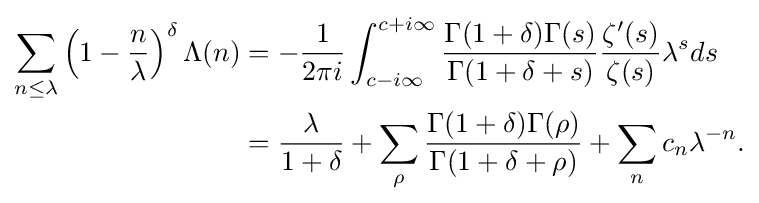
{\begin{aligned}\sum _{n\leq \lambda }\left(1-{\frac {n}{\lambda }}\right)^{\delta }\Lambda (n)&=-{\frac {1}{2\pi i}}\int _{c-i\infty }^{c+i\infty }{\frac {\Gamma (1+\delta )\Gamma (s)}{\Gamma (1+\delta +s)}}{\frac {\zeta ^{\prime }(s)}{\zeta (s)}}\lambda ^{s}ds\\&={\frac {\lambda }{1+\delta }}+\sum _{\rho }{\frac {\Gamma (1+\delta )\Gamma (\rho )}{\Gamma (1+\delta +\rho )}}+\sum _{n}c_{n}\lambda ^{-n}.\end{aligned}}